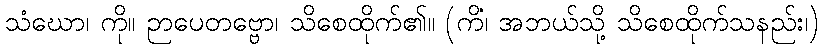
သံဃော၊ ကို။ ဉာပေတဗ္ဗော၊ သိစေထိုက်၏။ (ကိံ၊ အဘယ်သို့ သိစေထိုက်သနည်း၊)